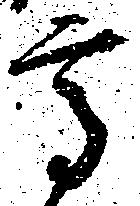
高